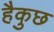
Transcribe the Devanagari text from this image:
हैकुछ